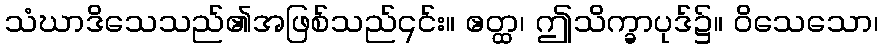
သံဃာဒိသေသည်၏အဖြစ်သည်၎င်း။ ဧတ္ထ၊ ဤသိက္ခာပုဒ်၌။ ဝိသေသော၊